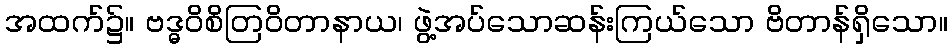
အထက်၌။ ဗဒ္ဓဝိစိတြဝိတာနာယ၊ ဖွဲ့အပ်သောဆန်းကြယ်သော ဗိတာန်ရှိသော။